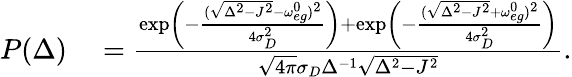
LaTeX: \begin{array}{rl}{P(\Delta)}&{{}=\frac{\exp\left(-\frac{(\sqrt{\Delta^{2}-J^{2}}-\omega_{eg}^{0})^{2}}{4\sigma_{D}^{2}}\right)+\exp\left(-\frac{(\sqrt{\Delta^{2}-J^{2}}+\omega_{eg}^{0})^{2}}{4\sigma_{D}^{2}}\right)}{\sqrt{4\pi}\sigma_{D}\Delta^{-1}\sqrt{\Delta^{2}-J^{2}}}.}\end{array}